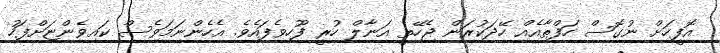
އޮފީހަށް ނުގޮސް ހަފްތާއެއް ހޭދަކުރަން ޖެހޭތީ އަނާލް ހުރީ ފޫހިވެފައެވެ. އެހެންނަމަވެސް ކައިވެންޏަށްފަހު